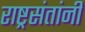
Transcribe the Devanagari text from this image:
राष्ट्रसंतांनी